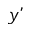
y ’